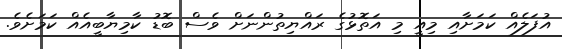
އުފަލެއް ކަމަށާއި މިއީ މި އަތޮޅުގެ ރައްޔިތުންނަށް ވެސް ބޮޑު ކާމިޔާބީއެއް ކަމަށެވެ.